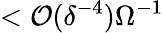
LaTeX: <{\cal O}(\delta^{-4})\Omega^{-1}